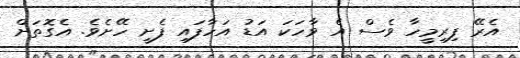
އެރޭ ފިރިމީހާ ވެސް އެ ވާހަކަ އަޑު އަހާފައި ފެށީ ހޭށެވެ. އެގޮތަށް